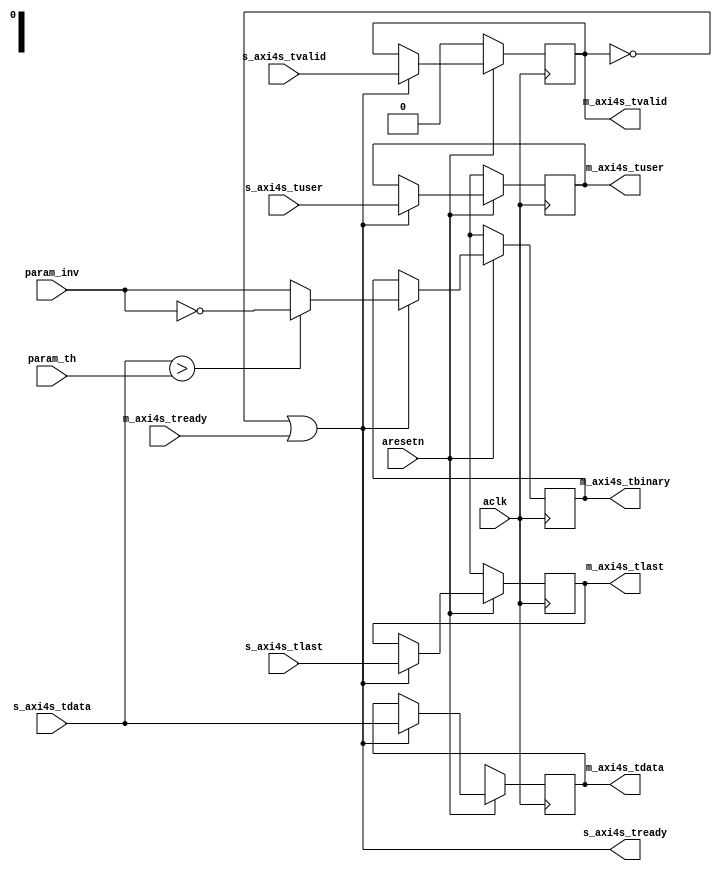
// ---------------------------------------------------------------------------
//  Jelly  -- The platform for real-time computing
//   image processing
//
//                                 Copyright (C) 2008-2018 by Ryuji Fuchikami
//                                 https://github.com/ryuz/jelly.git
// ---------------------------------------------------------------------------



`timescale 1ns / 1ps
`default_nettype none


module jelly_video_binarizer_core
        #(
            parameter   TUSER_WIDTH = 1,
            parameter   TDATA_WIDTH = 8
        )
        (
            input   wire                        aresetn,
            input   wire                        aclk,
            
            input   wire    [TDATA_WIDTH-1:0]   param_th,
            input   wire                        param_inv,
            
            input   wire    [TUSER_WIDTH-1:0]   s_axi4s_tuser,
            input   wire                        s_axi4s_tlast,
            input   wire    [TDATA_WIDTH-1:0]   s_axi4s_tdata,
            input   wire                        s_axi4s_tvalid,
            output  wire                        s_axi4s_tready,
            
            output  wire    [TUSER_WIDTH-1:0]   m_axi4s_tuser,
            output  wire                        m_axi4s_tlast,
            output  wire    [0:0]               m_axi4s_tbinary,
            output  wire    [TDATA_WIDTH-1:0]   m_axi4s_tdata,
            output  wire                        m_axi4s_tvalid,
            input   wire                        m_axi4s_tready
        );
    
    wire                            cke;
    
    reg     [TUSER_WIDTH-1:0]       st0_tuser;
    reg                             st0_tlast;
    reg     [0:0]                   st0_tbinary;
    reg     [TDATA_WIDTH-1:0]       st0_tdata;
    reg                             st0_tvalid;
    
    always @(posedge aclk) begin
        if ( ~aresetn ) begin
            st0_tuser       <= {TUSER_WIDTH{1'bx}};
            st0_tlast       <= 1'bx;
            st0_tdata       <= {TDATA_WIDTH{1'bx}};
            st0_tbinary     <= 1'bx;
            st0_tvalid      <= 1'b0;
        end
        else if ( cke ) begin
            st0_tuser   <= s_axi4s_tuser;
            st0_tlast   <= s_axi4s_tlast;
            st0_tdata   <= s_axi4s_tdata;
            st0_tvalid  <= s_axi4s_tvalid;
            if ( s_axi4s_tdata > param_th ) begin
                st0_tbinary <= 1'b1 ^ param_inv;
            end
            else begin
                st0_tbinary <= 1'b0 ^ param_inv;
            end
        end
    end
    
    assign cke = !m_axi4s_tvalid || m_axi4s_tready;
    
    assign s_axi4s_tready = cke;
    
    assign m_axi4s_tuser   = st0_tuser;
    assign m_axi4s_tlast   = st0_tlast;
    assign m_axi4s_tbinary = st0_tbinary;
    assign m_axi4s_tdata   = st0_tdata;
    assign m_axi4s_tvalid  = st0_tvalid;
    
endmodule


`default_nettype wire


// end of file